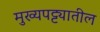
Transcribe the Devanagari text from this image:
मुख्यपट्ट्यातील